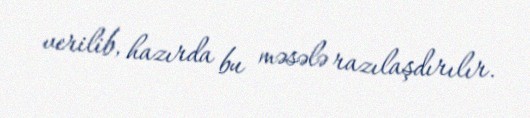
verilib, hazırda bu məsələ razılaşdırılır.